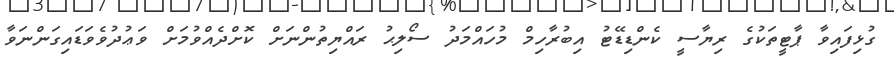
ގުޅިފައިވާ ޕާޓީތަކުގެ ރިޔާސީ ކެންޑިޑޭޓު އިބުރާހިމް މުހައްމަދު ސޯލިޙު ރައްޔިތުންނަށް ކޮށްދެއްވުމަށް ވަޢުދުވެވަޑައިގަންނަވާ